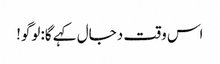
اس وقت دجال کہے گا:لوگو!